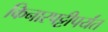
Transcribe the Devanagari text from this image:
किनारपट्टीपर्यंत